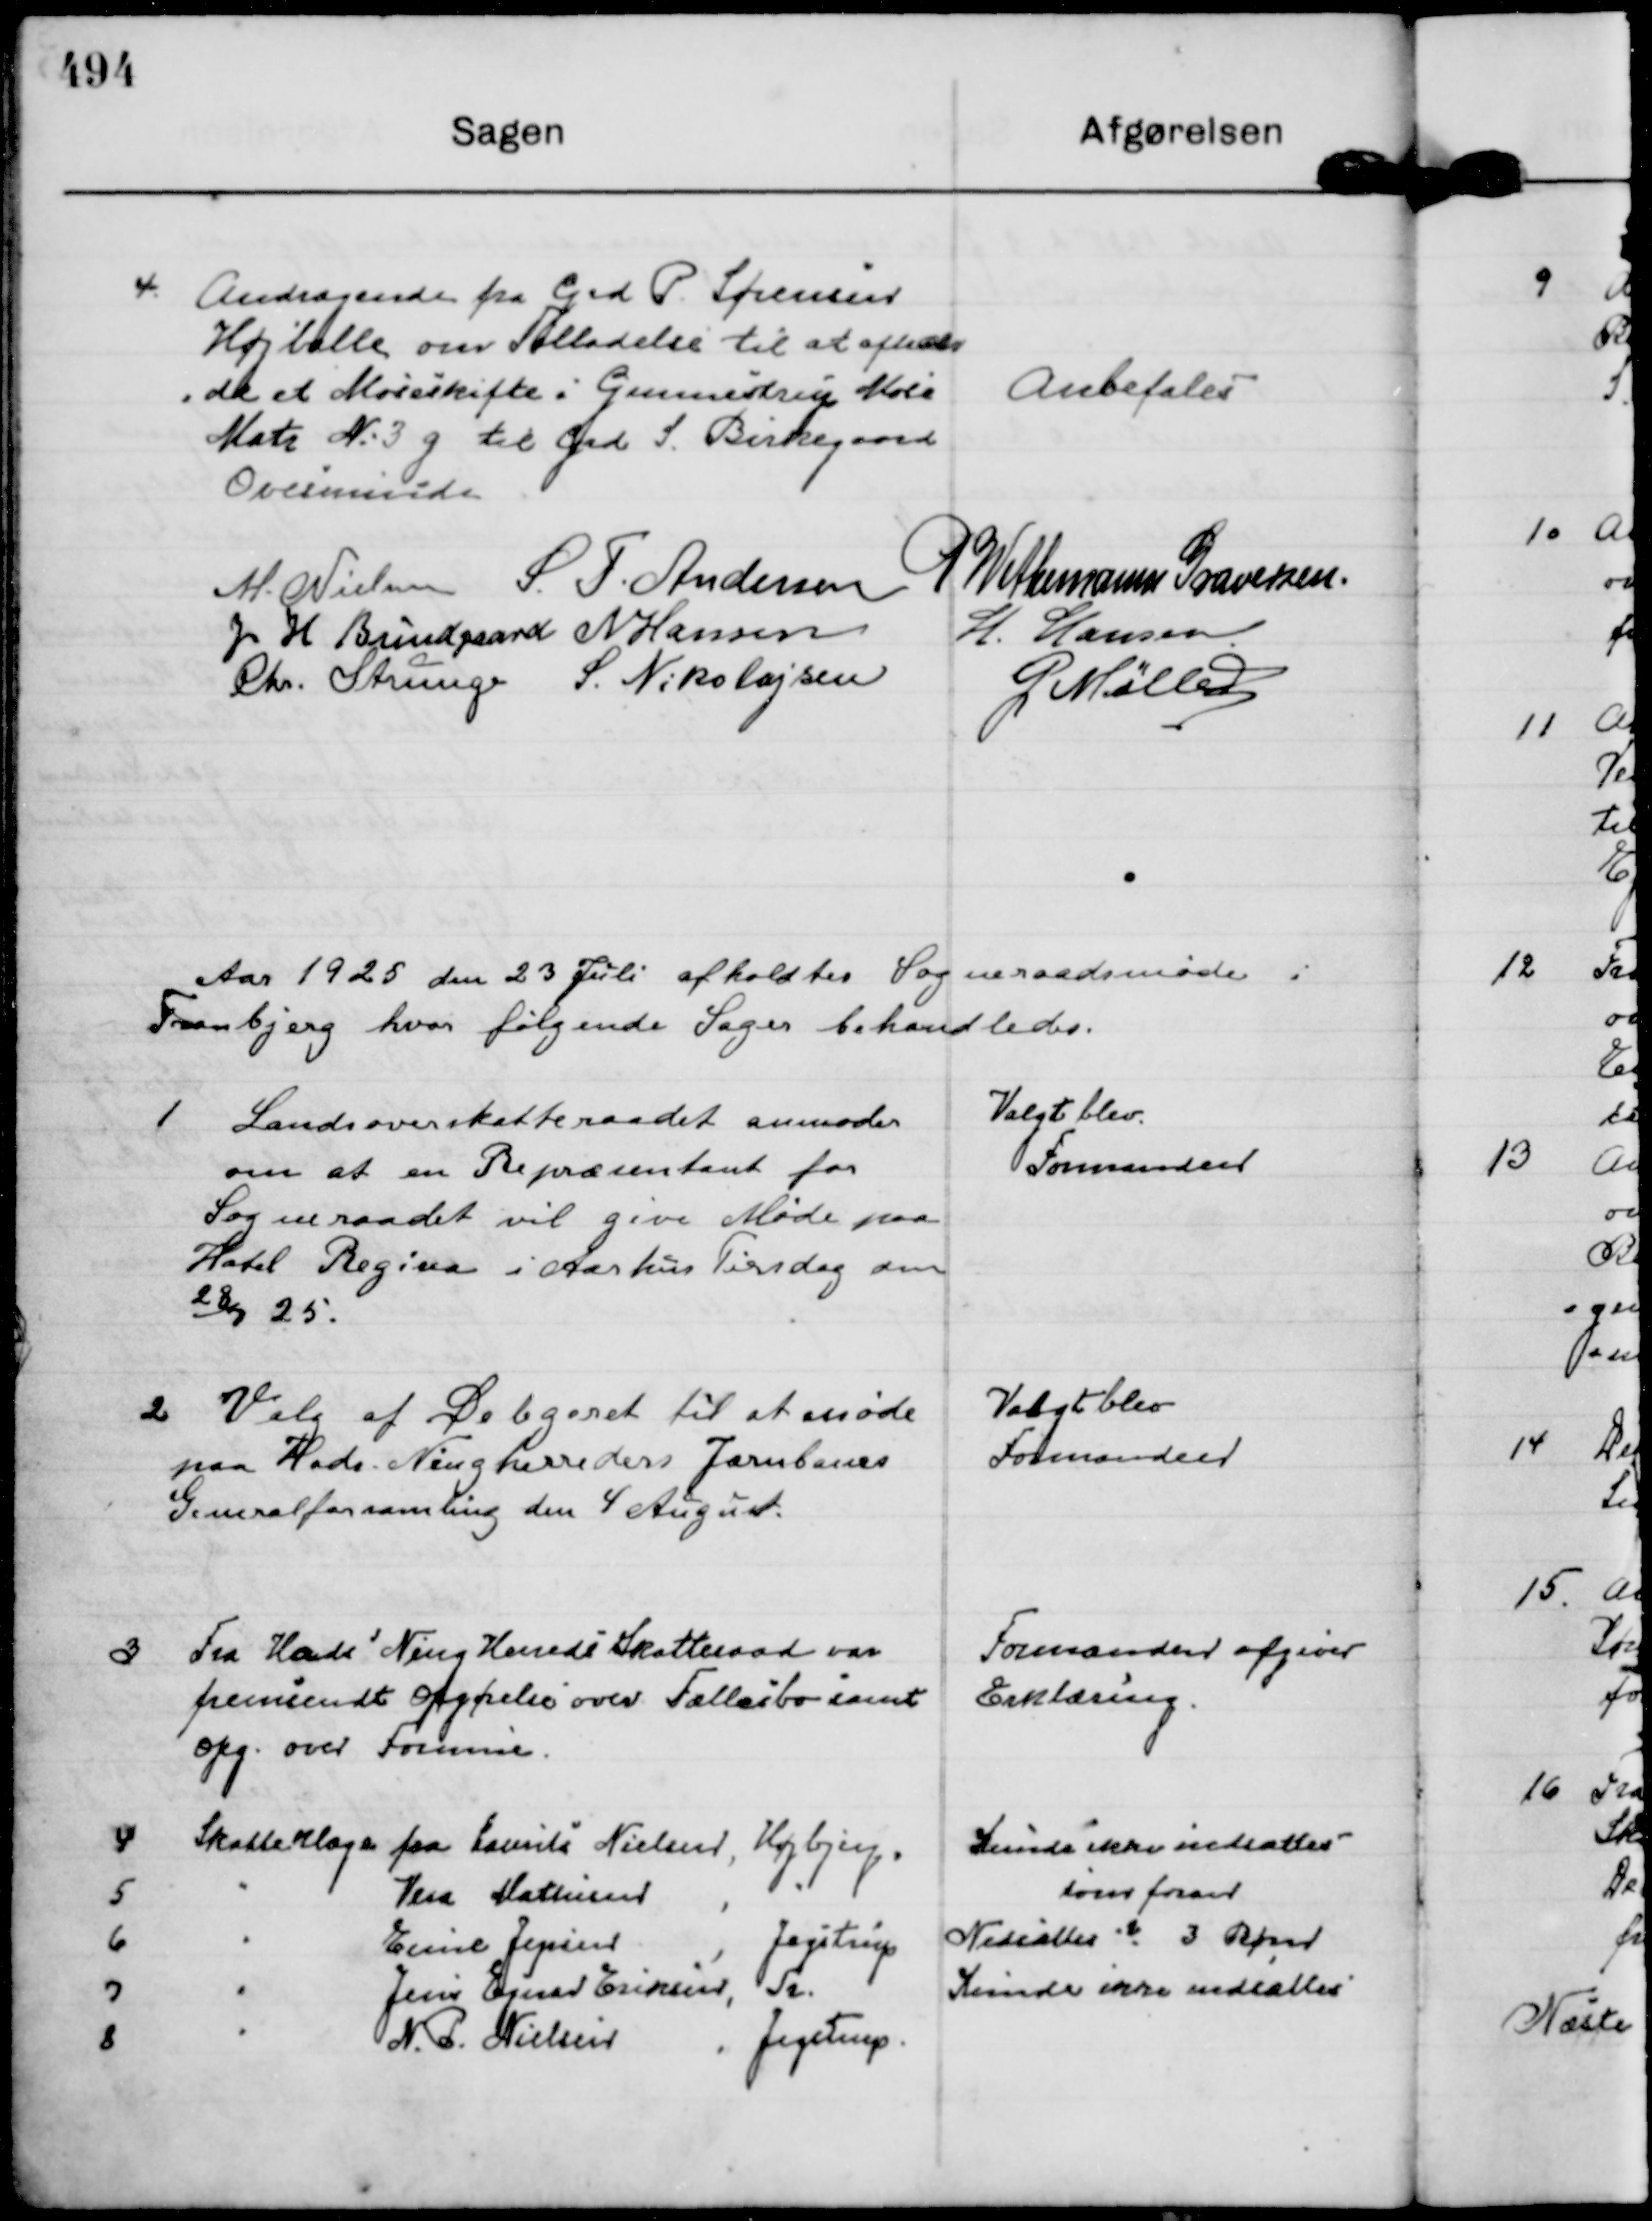
Transskription:
4.
Andragende fra Grd P. Sørensen
Højballe om Tilladelse til at afhol
=de et Moseskifte i Gunnestrup Mose
Matr N: 3 g til Grd S. Birkegaard
Ovesminde

Anbefales

M. Nielsen
S. T. Andersen
P Wethemann Graversen.
J H Bundgaard
N Hansen
H. Hansen
Chr. Strunge
S. Nikolajsen
G Møller

Aar 1925 den 23 Juli afholdtes Sogneraadsmøde i
Tranbjerg hvor følgende Sager behandledes.

1
Landsoverskatteraadet anmoder
om at en Repræsentant for
Sogneraadet vil give Møde paa
Holtel Regina i Aarhus Tirsdag den
28/7 25.

Valgt blev.
Formanden

2
Valg af Delegeret til at møde
paa Hads - Ningherreders Jærnbanes
Generalforsamling den 4 August.

Valgt blev
Formanden

3
Fra Hads Ning Herreds Skatteraad var
fremsendt opgørelse over Fællesbo samt
opg. over Formue.

Formanden afgiver
Erklæring.

4
Skatteklage fra Laurits Nielsen,
Højbjerg.
Kunde ikke nedsættes
5
"
Vera Mathisen,
"
som foran
6
"
Emil Jepsen,
Jegstrup
Nedsættes ? 3 Børn
7
"
Jens Ejnar Eriksen,
Tr.
Kunde ikke nedsættes
8
"
N. P. Nielsen,
Jegstrup.